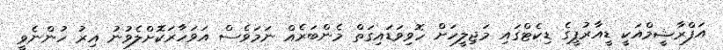
އަފްރާޝީމްއަކީ ޑީއާރުޕީގެ ޑިކެޓްގައި މަޖިލީހަށް ހޮވިވަޑައިގަތް މެންބަރެއް ނަމަވެސް އަވަހާރަކޮށްލެވުނު އިރު ހުންނެވީ